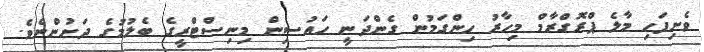
ވެށިފަހި މާލެ ޕްރޮގްރާމް މިހާރު ހިންގަމުން ގެންދަނީ ހައުސިން މިނިސްޓްރީގެ ބެލުމުގެ ދަށުންނެވެ.